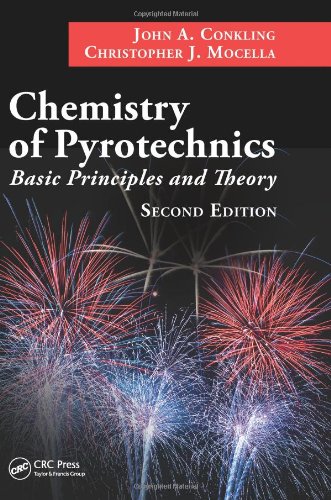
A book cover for Chemistry of Pyrotechnics: Basic Principles and Theory, Second Edition; John A. Conkling; Science & Math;